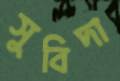
সুবিদা